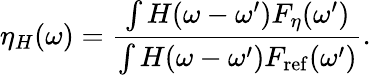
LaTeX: \eta_{H}(\omega)=\frac{\int H(\omega-\omega^{\prime})F_{\eta}(\omega^{\prime})}{\int H(\omega-\omega^{\prime})F_{\mathrm{ref}}(\omega^{\prime})}.